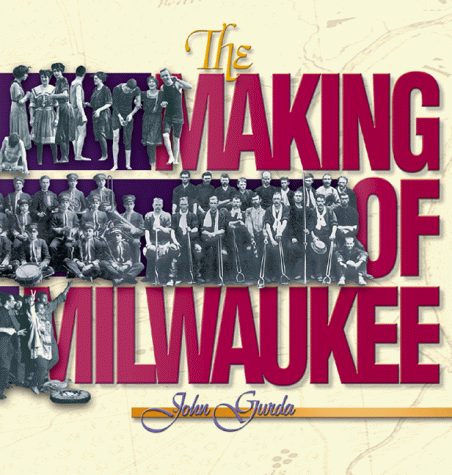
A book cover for The Making of Milwaukee; John Gurda; Biographies & Memoirs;